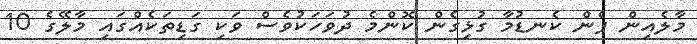
މާލެއިން ފެން ކެނޑުމާ ގުޅިގެން ކޮންމެ ދުވަހަކުވެސް ވަކި ގަޑިތަކެއްގައި މާލޭގެ 10